Report on sanitation, dispensaries, and jails in Rajputana for 1913, and on vaccination for the year 1913-1914 - 1913-1914
Year: 1913
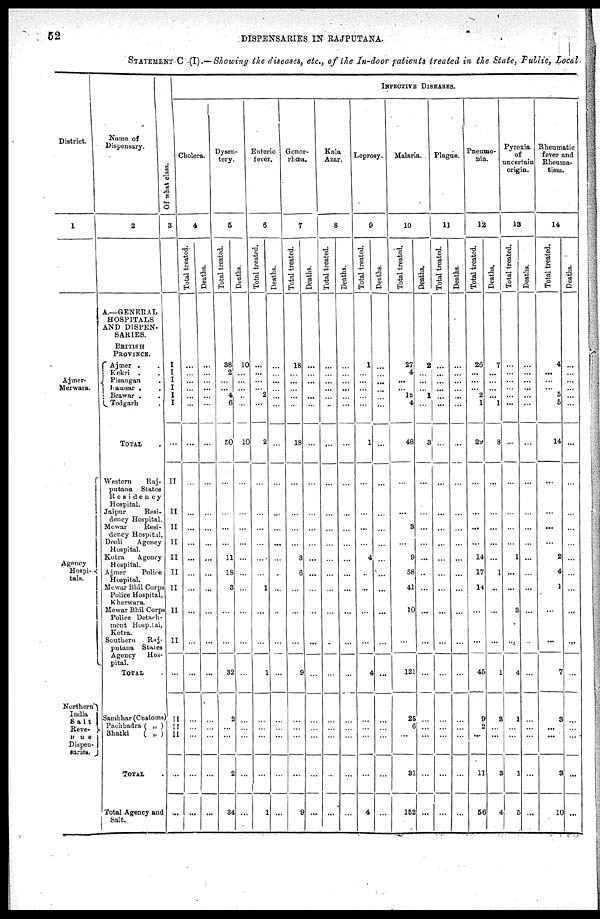
52
DISPENSARIES IN RAJPUTANA.
STATEMENT C (I).— Showing the diseases, etc., of the In-door patients treated in the State, Public, Local
District.
1
Ajmer¬
Merwara.
Agency
Hospi¬
tals.
Northern
India
Salt
Reve¬
nue
Dispen¬
saries.
Name of
Dispensary.
2
A.—GENERAL
HOSPITALS
AND DISPEN-
SARIES.
BRITISH
PROVINCE.
Ajmer . .
Kekri . .
Pisangan .
Kamsar . .
Beawar . .
Todgarh .
TOTAL .
Western
Raj¬
putana States
Residency
Hospital.
Jaipur
Resi-
dency Hospital.
Mewar
Resi-
dency Hospital.
Deoli
Agency
Hospital.
Kotra
Agency
Hospital.
Ajmer
Police
Hospital.
Mewar Bhil Corps
Police Hospital,
Kherwara.
Mewar Bhil Corps
Police Detach-
ment Hospital,
Kotra.
Southern
Raj¬
putana States
Agency Hos¬
pital.
TOTAL .
Sambhar (Customs)
Pachbadra ( „ )
Bhatki
( „ )
TOTAL .
Total Agency and
Salt.
INFECTIVE DISEASES.
Of what class.
3
I
I
I
I
I
I
...
II
II
II
II
II
II
II
II
II
...
II
II
II
...
...
Cholera.
4
Total treated.
...
...
...
...
...
...
...
...
...
...
...
...
...
...
...
...
...
...
...
...
...
...
Deaths.
...
...
...
...
...
...
...
...
...
...
...
...
...
...
...
...
...
...
...
...
...
...
Dysen-
tery.
5
Total treated.
38
2
...
... 4
6
50
...
...
...
...
11
18
3
...
...
32
2
...
...
2
34
Deaths.
10
...
...
...
...
...
10
...
...
...
...
...
...
...
...
...
...
...
...
...
...
...
Enteric
fever.
6
Total treated.
...
...
...
... 2
...
2
...
...
...
...
...
...
1
...
...
1
...
...
...
...
1
Deaths.
...
...
...
...
...
...
...
...
....
...
...
...
...
...
...
...
...
...
...
...
...
...
Gonor-
rhœa.
7
Total treated.
18
...
...
...
...
...
18
...
...
...
...
3
6
...
...
...
9
...
...
...
...
9
Deaths.
...
...
...
...
...
...
...
...
...
...
...
...
...
...
...
...
...
...
...
...
...
...
Kala
Azar.
8
Total treated.
...
...
...
...
...
..
...
...
...
...
...
...
...
...
...
...
...
...
...
...
...
...
Deaths.
...
...
...
...
...
...
...
...
...
...
...
...
...
...
...
...
...
...
...
...
...
...
Leprosy.
9
Total treated.
1
...
...
...
...
...
1
...
...
...
...
4
...
...
...
...
4
...
...
...
...
4
Deaths.
...
...
...
...
...
...
...
...
...
...
...
...
...
...
...
...
...
...
...
...
...
...
Malaria.
10
Total treated.
27
4
...
... 13
4
48
...
...
3
...
9
58
41
10
...
121
25
6
...
31
152
Deaths.
2
...
...
... 1
...
3
...
...
...
...
...
...
...
...
...
...
...
...
...
...
...
Plague.
11
Total treated.
...
...
...
...
...
...
...
...
...
...
...
...
...
...
...
...
...
...
...
...
...
...
Deaths.
...
...
...
...
...
...
...
...
...
...
...
...
...
...
...
...
...
...
...
...
...
...
Pneumo-
nia.
12
Total treated.
26
...
...
... 2
1
29
...
...
...
...
14
17
14
...
...
45
9
2
...
11
56
Deaths.
7
...
...
...
...
1
8
...
...
...
...
...
1
...
...
...
1
9
...
...
3
4
Pyrexia
of
uncertain
origin.
13
Total treated.
...
...
...
...
...
...
...
...
...
...
...
1
...
...
3
...
4
1
...
...
1
5
Deaths.
...
...
...
...
...
...
...
...
...
...
...
...
...
...
...
...
...
...
...
...
...
...
Rheumatic
fever and
Rheuma-
tism.
14
Total treated.
4
...
...
... 5
5
14
...
...
...
...
2
4
1
...
...
7
3
...
...
3
10
Deaths.
...
...
...
...
...
...
...
...
...
...
...
...
...
...
...
...
...
...
...
...
...
...